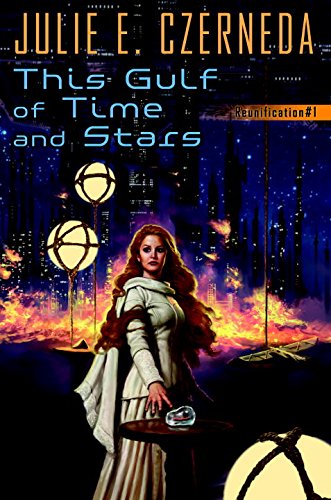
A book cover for This Gulf of Time and Stars: Reunification #1; Julie E. Czerneda; Science Fiction & Fantasy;